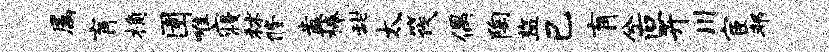
属肓桷圉唯寝秫修盍榛甜太筏偶陶监己肓兮叵卉川宦邦